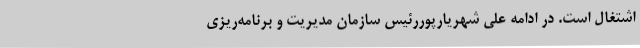
اشتغال است. در ادامه علی شهریارپوررئیس سازمان مدیریت و برنامه‌ریزی